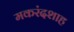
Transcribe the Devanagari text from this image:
मकरंदशाह